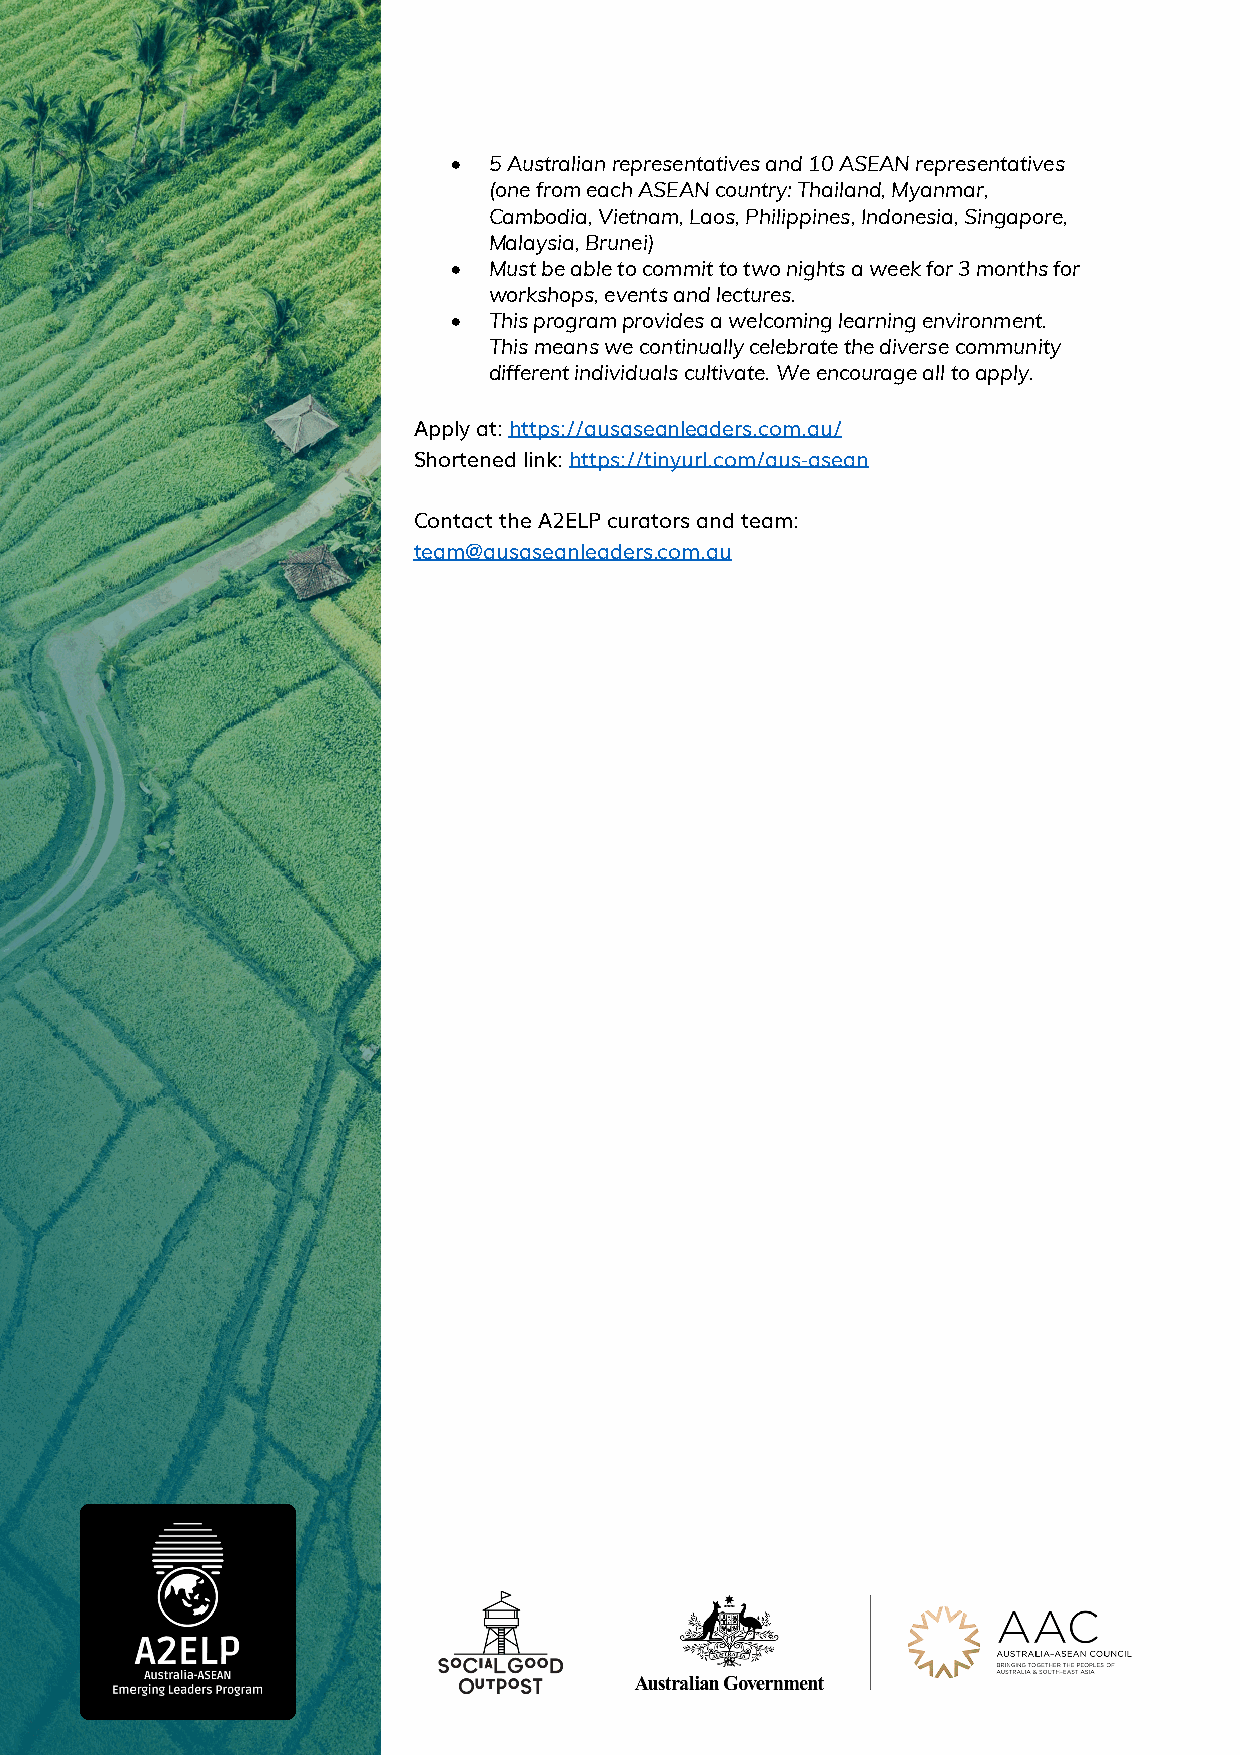
• 5 Australian representatives and 10 ASEAN representatives
 (one from each ASEAN country: Thailand, Myanmar,
 Cambodia, Vietnam, Laos, Philippines, Indonesia, Singapore,
 Malaysia, Brunei)
 • Must be able to commit to two nights a week for 3 months for
 workshops, events and lectures.
 • This program provides a welcoming learning environment.
 This means we continually celebrate the diverse community
 different individuals cultivate. We encourage all to apply.
 Apply at: https://ausaseanleaders.com.au/
 Shortened link: https://tinyurl.com/aus-asean
 Contact the A2ELP curators and team:
 team@ausaseanleaders.com.au